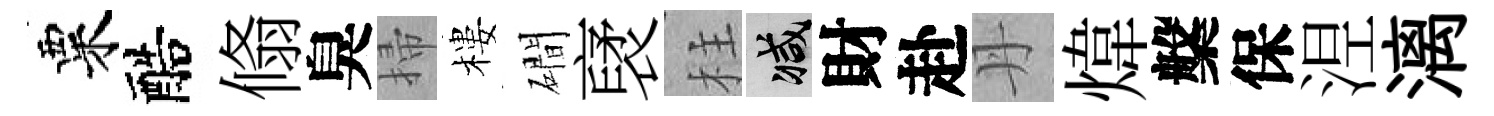
粟醅翛臭掃樓磵裦柱减財赴丹煒槃保𣵀漓